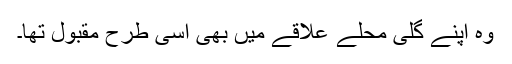
وہ اپنے گلی محلے علاقے میں بھی اسی طرح مقبول تھا۔